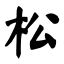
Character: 松